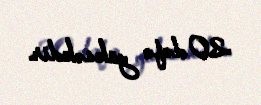
20 dəfə yüksəkdir.